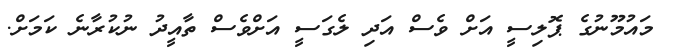
މައުމޫނުގެ ޕޮލިސީ އަށް ވެސް އަދި ލެގަސީ އަށްވެސް ތާއީދު ނުކުރާނެ ކަމަށް.